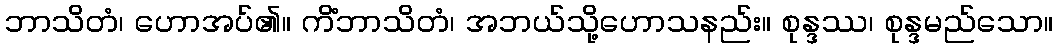
ဘာသိတံ၊ ဟောအပ်၏။ ကိံဘာသိတံ၊ အဘယ်သို့ဟောသနည်း။ စုန္ဒဿ၊ စုန္ဒမည်သော။